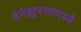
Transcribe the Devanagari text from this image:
वेनेझुएलामध्ये